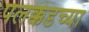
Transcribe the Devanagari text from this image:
पलक्कडच्या